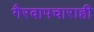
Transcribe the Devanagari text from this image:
गैरवापचाराही